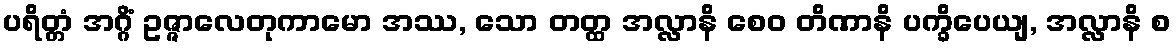
ပရိတ္တံ အဂ္ဂိံ ဥဇ္ဇာလေတုကာမော အဿ, သော တတ္ထ အလ္လာနိ စေဝ တိဏာနိ ပက္ခိပေယျ, အလ္လာနိ စ